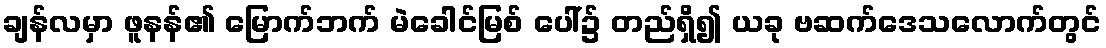
ချန်လမှာ ဖူနန်၏ မြောက်ဘက် မဲခေါင်မြစ် ပေါ်၌ တည်ရှိ၍ ယခု ဗဆက်ဒေသလောက်တွင်